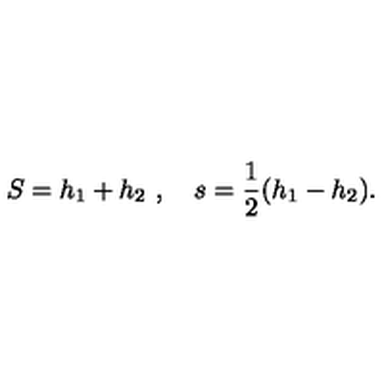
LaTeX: S = h _ { 1 } + h _ { 2 } \ , \quad s = { \frac { 1 } { 2 } } ( h _ { 1 } - h _ { 2 } ) .